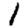
Digit: 1